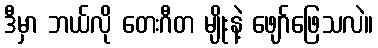
ဒီမှာ ဘယ်လို တေးဂီတ မျိုးနဲ့ ဖျော်ဖြေသလဲ။